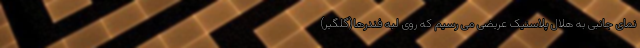
نمای جانبی به هلال پلاستیک عریضی می رسیم که روی لبه فندرها(گلگیر)